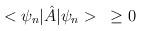
LaTeX: \begin{align*}<\psi_n|{\hat A}|\psi_n>\;\;\; \geq 0\end{align*}